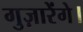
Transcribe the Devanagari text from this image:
गुज़ारेंगे।